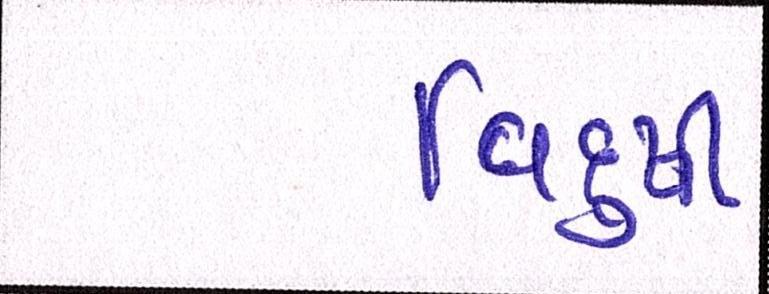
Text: વિદુષી